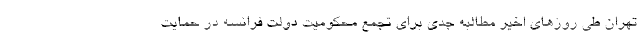
تهران طی روزهای اخیر مطالبه جدی برای تجمع محکومیت دولت فرانسه در حمایت